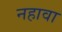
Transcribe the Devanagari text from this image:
नहावा